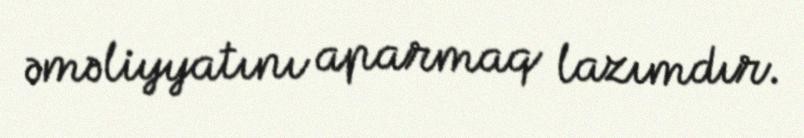
əməliyyatını aparmaq lazımdır.